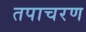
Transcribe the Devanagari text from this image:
तपाचरण